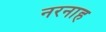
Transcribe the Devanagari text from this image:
नरनाह